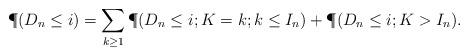
LaTeX: \begin{align*}\P(D_n\leq i)&=\sum_{k\geq1} \P(D_n\leq i;K=k; k \leq I_n)+\P(D_n\leq i; K>I_n).\end{align*}